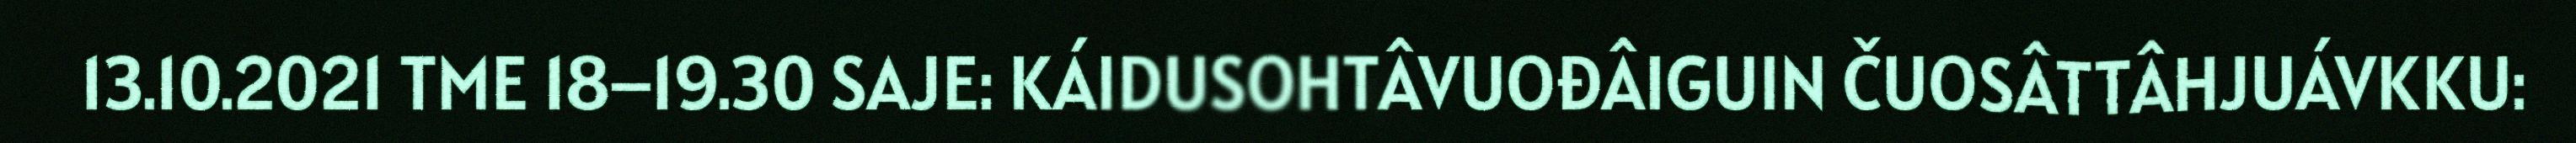
13.10.2021 TME 18–19.30 SAJE: KÁIDUSOHTÂVUOĐÂIGUIN ČUOSÂTTÂHJUÁVKKU: